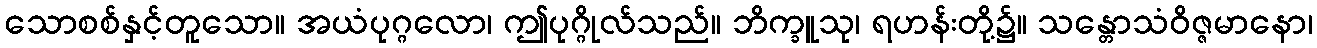
သောစစ်နှင့်တူသော။ အယံပုဂ္ဂလော၊ ဤပုဂ္ဂိုလ်သည်။ ဘိက္ခူသု၊ ရဟန်းတို့၌။ သန္တောသံဝိဇ္ဇမာနော၊